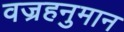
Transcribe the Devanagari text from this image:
वज्रहनुमान